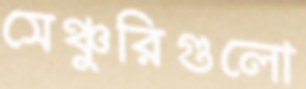
সেঞ্চুরিগুলো